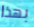
بهذا